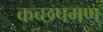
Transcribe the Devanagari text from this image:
कच्छपगण